Annual administration report of the Civil Veterinary Department of India - 1894-1895
Year: 1894
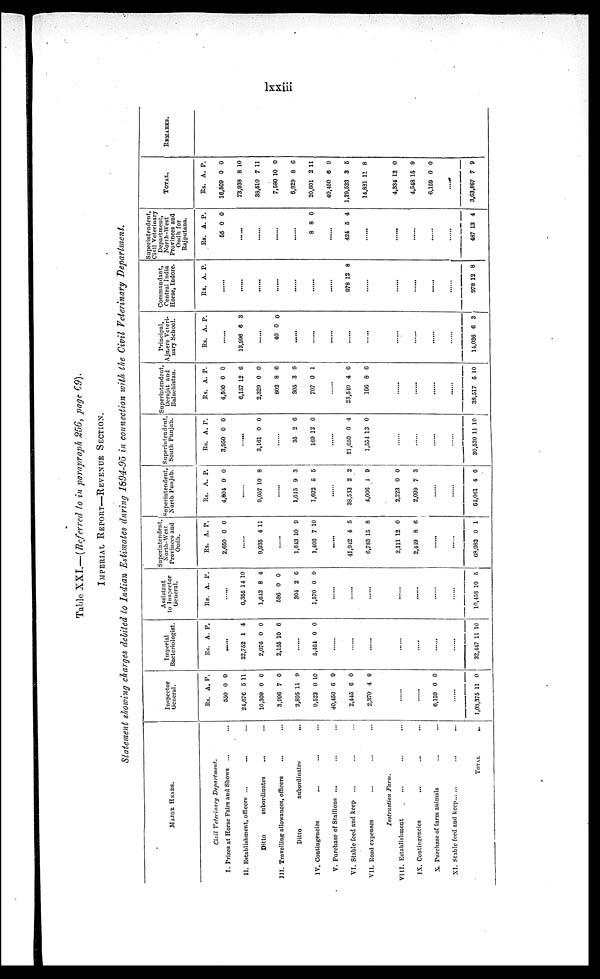
lxxiii
Table XXI.—(Referred to in paragraph 256, page 69).
IMPERIAL REPORT—REVENUE SECTION.
Statement showing charges debited to Indian Estimates during 1594-95 in connection with the Civil Veterinary Department.
MAJOR HEADS.
Civil Veterinary
Department.
I. Prizes at Horse Fairs and Shows ...
II. Establishment, officers ...
Ditto
subordinates ... ...
III. Travelling allowances, officers
Ditto
subordinates
...
IV. Contingencies... ... ...
V. Purchase of Stallions .... ...
VI. Stable feed and keep ... ... ...
VII. Road expenses ... ... ...
Instruction
Farm.
VIII. Establishment ... ... ...
IX. Contingencies ... ... ...
X. Purchase of farm animals ... ...
XI. Stable feed and keep ... ...
TOTAL
...
Inspector
General.
Rs. A. P.
550
24,676
10,309
3,996
2,895
9,523
40,450
2,445
2,370
0
5
0
7
11
0
6
6
4
0
11
0
0
9
10
9
0
9
.....
.....
6,159 0 0
.....
1,03,375 11 0
Imperial
Bacteriologist.
Rs. A. P.
.....
22,752
2,076
2,155
1
0
10
4
0
6
.....
5,464 0 0
.....
.....
.....
.....
.....
.....
32,447 11 0
Assistant
to Inspector
General.
Rs. A. P.
.....
6,355
1,642
586
304
1,570
14
8
0
2
0
10
4
0
6
9
.....
.....
.....
.....
.....
.....
10,458 10 5
Superintendent,
North-West
Provinces and
Oudh.
Rs. A. P.
2,650 0 0
.....
9,935 4 11
.....
1,643
1,466
10
7
9
10
41,942
6,783
4
15
5
8
2,111
2,419
12
8
0
6
.....
.....
68,983 0 1
Superintendent,
North Punjab.
Rs. A. P.
4,804 0 0
.....
9,057 10 8
.....
1,645
1,692
9
5
3
5
.....
38,533
4,006
2
1
2
9
2,223
2,099
0
7
0
3
.....
.....
64,061 4 6
Superintendent,
South Punjab.
Rs. A. P.
3,950 0 0
.....
3,161 0 0
.....
35
169
2
12
6
0
.....
21,650
1,554
0
13
4
0
.....
.....
.....
.....
30,520 11 10
Superintendent,
Dernjat
and
Baluchistan.
Rs. A. P.
4,500
6,157
2,329
802
305
707
0
12
0
8
3
0
0
6
0
6
9
1
.....
23,549
166
4
6
6
6
.....
.....
.....
.....
38,517 5 10
Principal,
Ajmere Veteri-
nary School.
Rs. A. P.
13,996 6 3
40 0 0
.....
.....
.....
.....
.....
.....
.....
.....
14,036 6 3
Commandant,
Central India
Horse, Indore.
Rs. A. P.
.....
.....
.....
.....
978 12 8
.....
.....
.....
.....
.....
978 12 8
Superintendent,
Civil Veterinary
Department,
North-West
Provinces and
Oudh for
Rajputana.
Rs. A. P.
55 0 0
.....
.....
.....
.....
8 8 0
.....
424 5 4
.....
.....
.....
.....
.....
487 13 4
TOTAL.
Rs. A. P.
16,509
73,938
38,510
7,580
6,829
20,601
40,450
1,29,523
14,881
0
8
7
10
8
2
6
3
11
0
10
11
0
6
11
9
5
8
4,334
4,548
6,159
12
15
0
0
9
0
........
3,63,867 7 9
REMARKS.